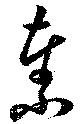
秦